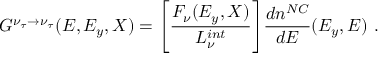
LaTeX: G ^ { \nu _ { \tau } \rightarrow \nu _ { \tau } } ( E , E _ { y } , X ) = \Biggl [ { \frac { F _ { \nu } ( E _ { y } , X ) } { { \cal L } _ { \nu } ^ { i n t } } } \Biggr ] { \frac { d n ^ { N C } } { d E } } ( E _ { y } , E ) \ .